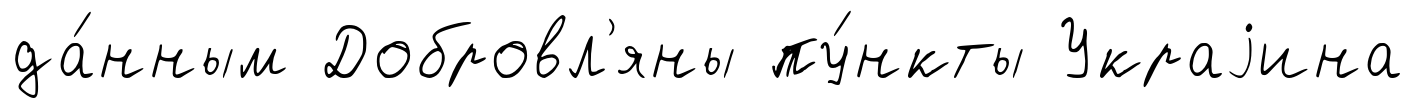
да́нным Добровл'яны пу́нкты Украjина